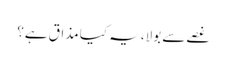
غصے سے بولا، یہ کیا مذاق ہے؟